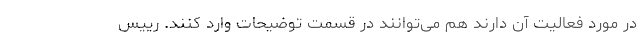
در مورد فعالیت آن دارند هم می‌توانند در قسمت توضیحات وارد کنند. رییس